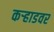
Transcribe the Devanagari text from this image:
कऱ्हाडवर